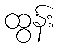
ထွန်း